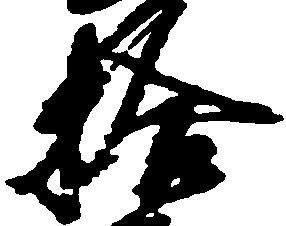
拾